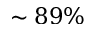
\sim 8 9 \%